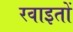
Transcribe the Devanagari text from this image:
रवाइतों